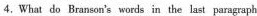
4.What do Bransoa's wors in the last pragaph